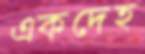
একদেহ